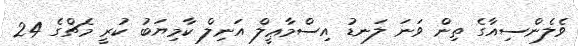
ވެލެންސިއާގެ ތިން ވަނަ ލަނޑު އިސްމާޢީލް އަނިލް ކާމިޔަބު ކުރީ މެޗްގެ 24